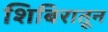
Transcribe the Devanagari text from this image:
शिबिरातून